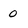
Character: o